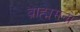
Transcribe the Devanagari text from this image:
ब्राह्ममनो